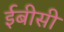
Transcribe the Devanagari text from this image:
ईबीसी